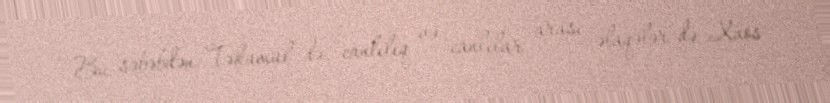
Bu səbəbdən Təkamül də, canlılıq və canlılar arası əlaqələr də Xaos